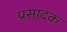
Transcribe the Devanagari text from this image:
प्रसादक